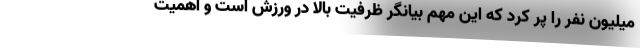
میلیون نفر را پر کرد که این مهم بیانگر ظرفیت بالا در ورزش است و اهمیت